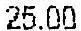
25.00